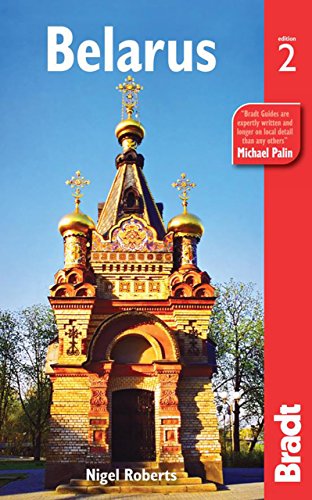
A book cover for Belarus, 2nd: The Bradt Travel Guide; Nigel Roberts; Travel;